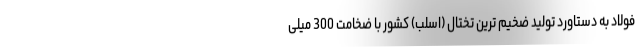
فولاد به دستاورد تولید ضخیم ترین تختال (اسلب) کشور با ضخامت 300 میلی